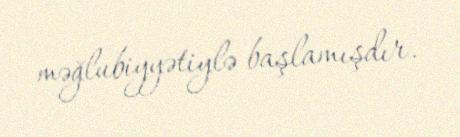
məğlubiyyətiylə başlamışdır.